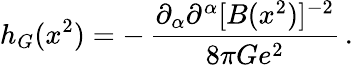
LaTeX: h_{G}(x^{2})=-\, {\frac{\partial_{\alpha}\partial^{\alpha}[B(x^{2})]^{-2}}{8\pi Ge^{2}}}\, .